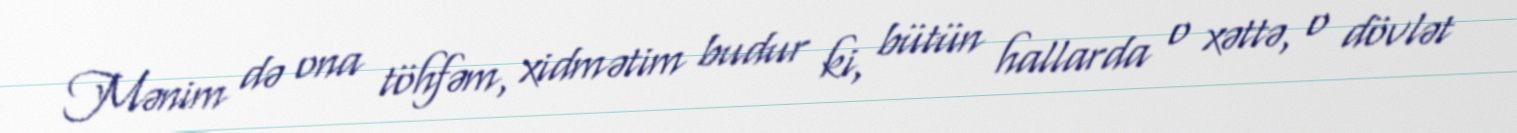
Mənim də ona töhfəm, xidmətim budur ki, bütün hallarda o xəttə, o dövlət